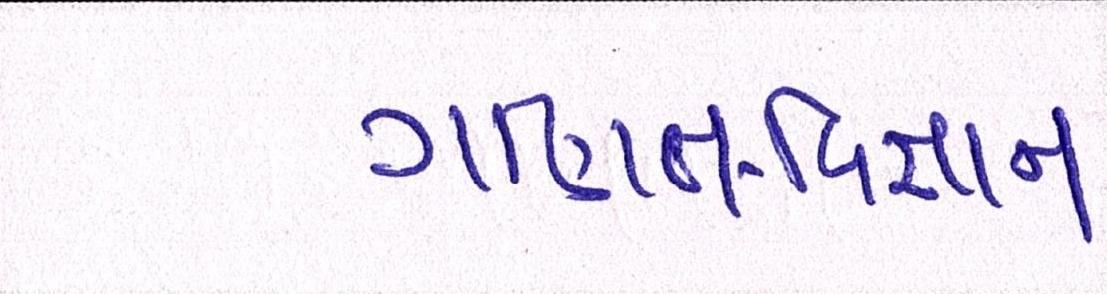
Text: ગણિત-વિજ્ઞાન